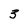
Character: 3